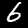
Label: 6